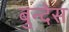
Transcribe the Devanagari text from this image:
बुन्देस